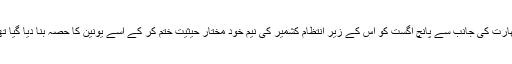
بھارت کی جانب سے پانچ اگست کو اس کے زیرِ انتظام کشمیر کی نیم خود مختار حیثیت ختم کر کے اسے یونین کا حصہ بنا دیا گیا تھا۔